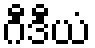
ဂီဒီယံ